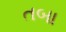
તબા